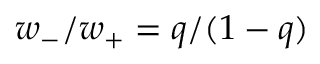
w _ { - } / w _ { + } = q / ( 1 - q )